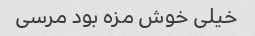
خیلی خوش مزه بود مرسی